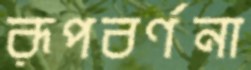
রূপবর্ণনা